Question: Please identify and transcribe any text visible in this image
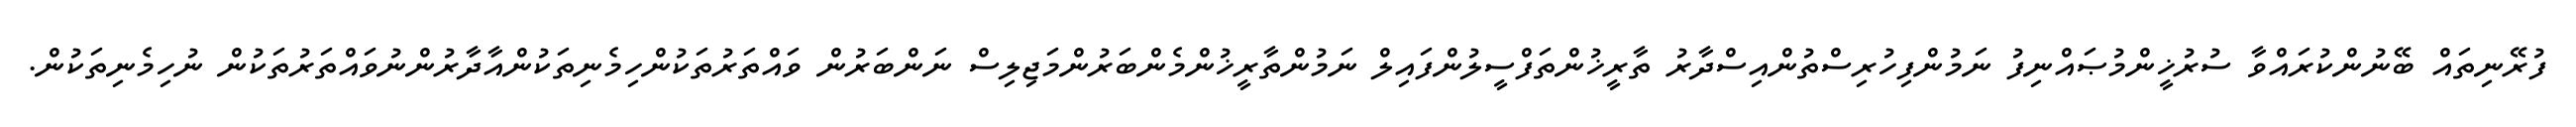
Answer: ފުރޭނިތައް ބޭނުންކުރައްވާ ސުރުޚީންމުޞައްނިފު ނަމުންފިހުރިސްތުންއިސްދާރު ތާރީޚުންތަފްސީލުންފައިލް ނަމުންތާރީޚުންމެންބަރުންމަޖިލިސް ނަންބަރުން ވައްތަރުތަކުންހިމެނިތަކުންއާދާރުންނުވައްތަރުތަކުން ނުހިމެނިތަކުން.